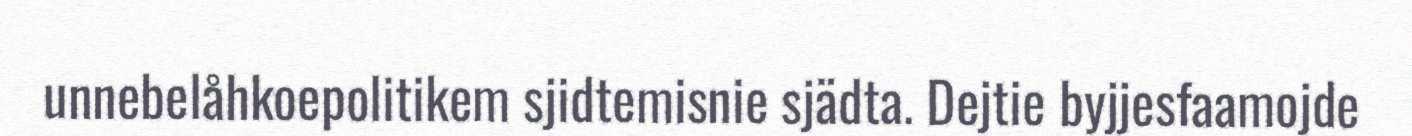
unnebelåhkoepolitikem sjidtemisnie sjädta. Dejtie byjjesfaamojde